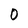
Character: 0